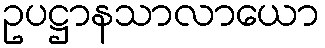
ဥပဋ္ဌာနသာလာယော